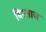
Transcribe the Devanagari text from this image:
बिरलाज